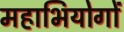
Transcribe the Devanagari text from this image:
महाभियोगों